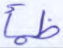
ظمأ